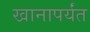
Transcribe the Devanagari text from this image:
खानापर्यंत